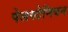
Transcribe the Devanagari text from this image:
पेलस्टेनियन